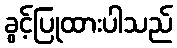
ခွင့်ပြုထားပါသည်